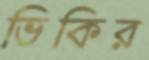
ভিকির